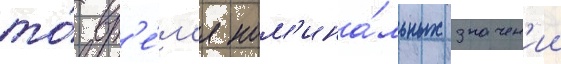
то́ вр'е́м'я ном'ина́льных значен'ии